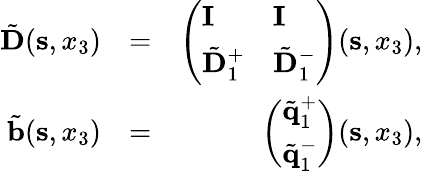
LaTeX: \begin{array}{rlr}{\tilde{\mathbf D}({\mathbf s},x_{3})}&{=}&{\left(\begin{array}{ll}{{\mathbf I}}&{{\mathbf I}}\\ {\tilde{\mathbf D}_{1}^{+}}&{\tilde{\mathbf D}_{1}^{-}}\end{array}\right)({\mathbf s},x_{3}),}\\ {\tilde{\mathbf b}({\mathbf s},x_{3})}&{=}&{\left(\begin{array}{l}{\tilde{\mathbf q}_{1}^{+}}\\ {\tilde{\mathbf q}_{1}^{-}}\end{array}\right)({\mathbf s},x_{3}),}\end{array}